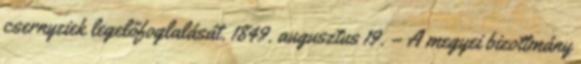
csernyeiek legelőfoglalását. 1849. augusztus 19. – A megyei bizottmány